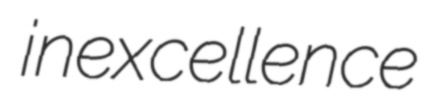
inexcellence